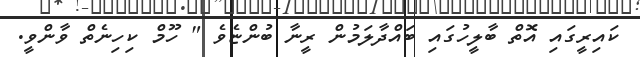
ކައިރީގައި އޮތް ބާލީހުގައި ބައްދާލަމުން ރީނާ ބުންޏެވެ " ހޫމް ކިހިނެތް ވާންވީ.